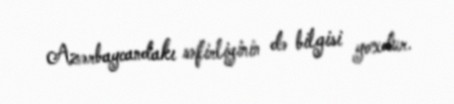
Azərbaycandakı səfirliyinin də bilgisi yoxdur.